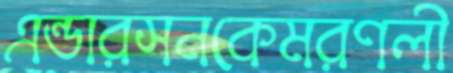
এন্ডারসনকেমরণলী